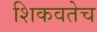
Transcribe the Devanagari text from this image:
शिकवतेच